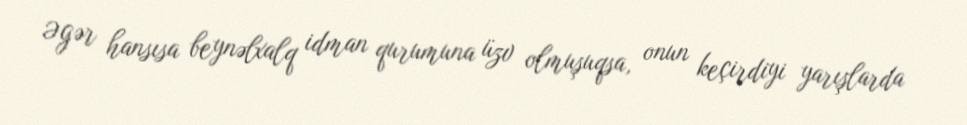
Əgər hansısa beynəlxalq idman qurumuna üzv olmuşuqsa, onun keçirdiyi yarışlarda